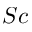
S c